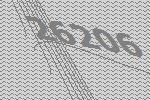
26206